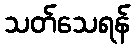
သတ်သေရန်